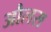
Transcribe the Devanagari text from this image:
औलस